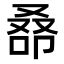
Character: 𠭞